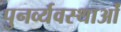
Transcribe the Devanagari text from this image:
पुनर्व्यवस्थाओं